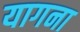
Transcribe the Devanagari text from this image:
यागना